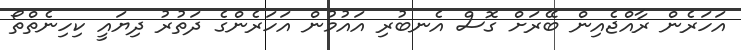
އަހަރެން ރާއްޖެއިން ބޭރަށް ގޮސް އެނބުރި އައުމުން އަހަރެންގެ ދަތުރު ދިޔައީ ކިހިނެތްތޯ